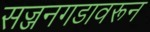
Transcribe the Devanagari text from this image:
सज्जनगडावरून